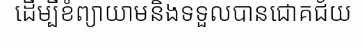
ដើម្បីខំព្យាយាមនិងទទួលបានជោគជ័យ